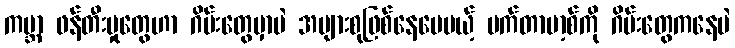
ကမ္ဘာ ဖန်တီးမှုတွေဟာ ဂိမ်းတွေမှာပဲ အများစုဖြစ်နေပေမယ့် မက်တာဗာ့စ်ကို ဂိမ်းတွေကနေပဲ